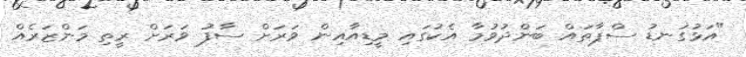
"އަޅުގަނޑު ސްޕާތައް ބަންދުވުމާ އެކުގައި މީޑިއާއިން ވަރަށް ސާފު ވަރަށް ރީތި މަންޒަރެއް